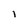
Character: l